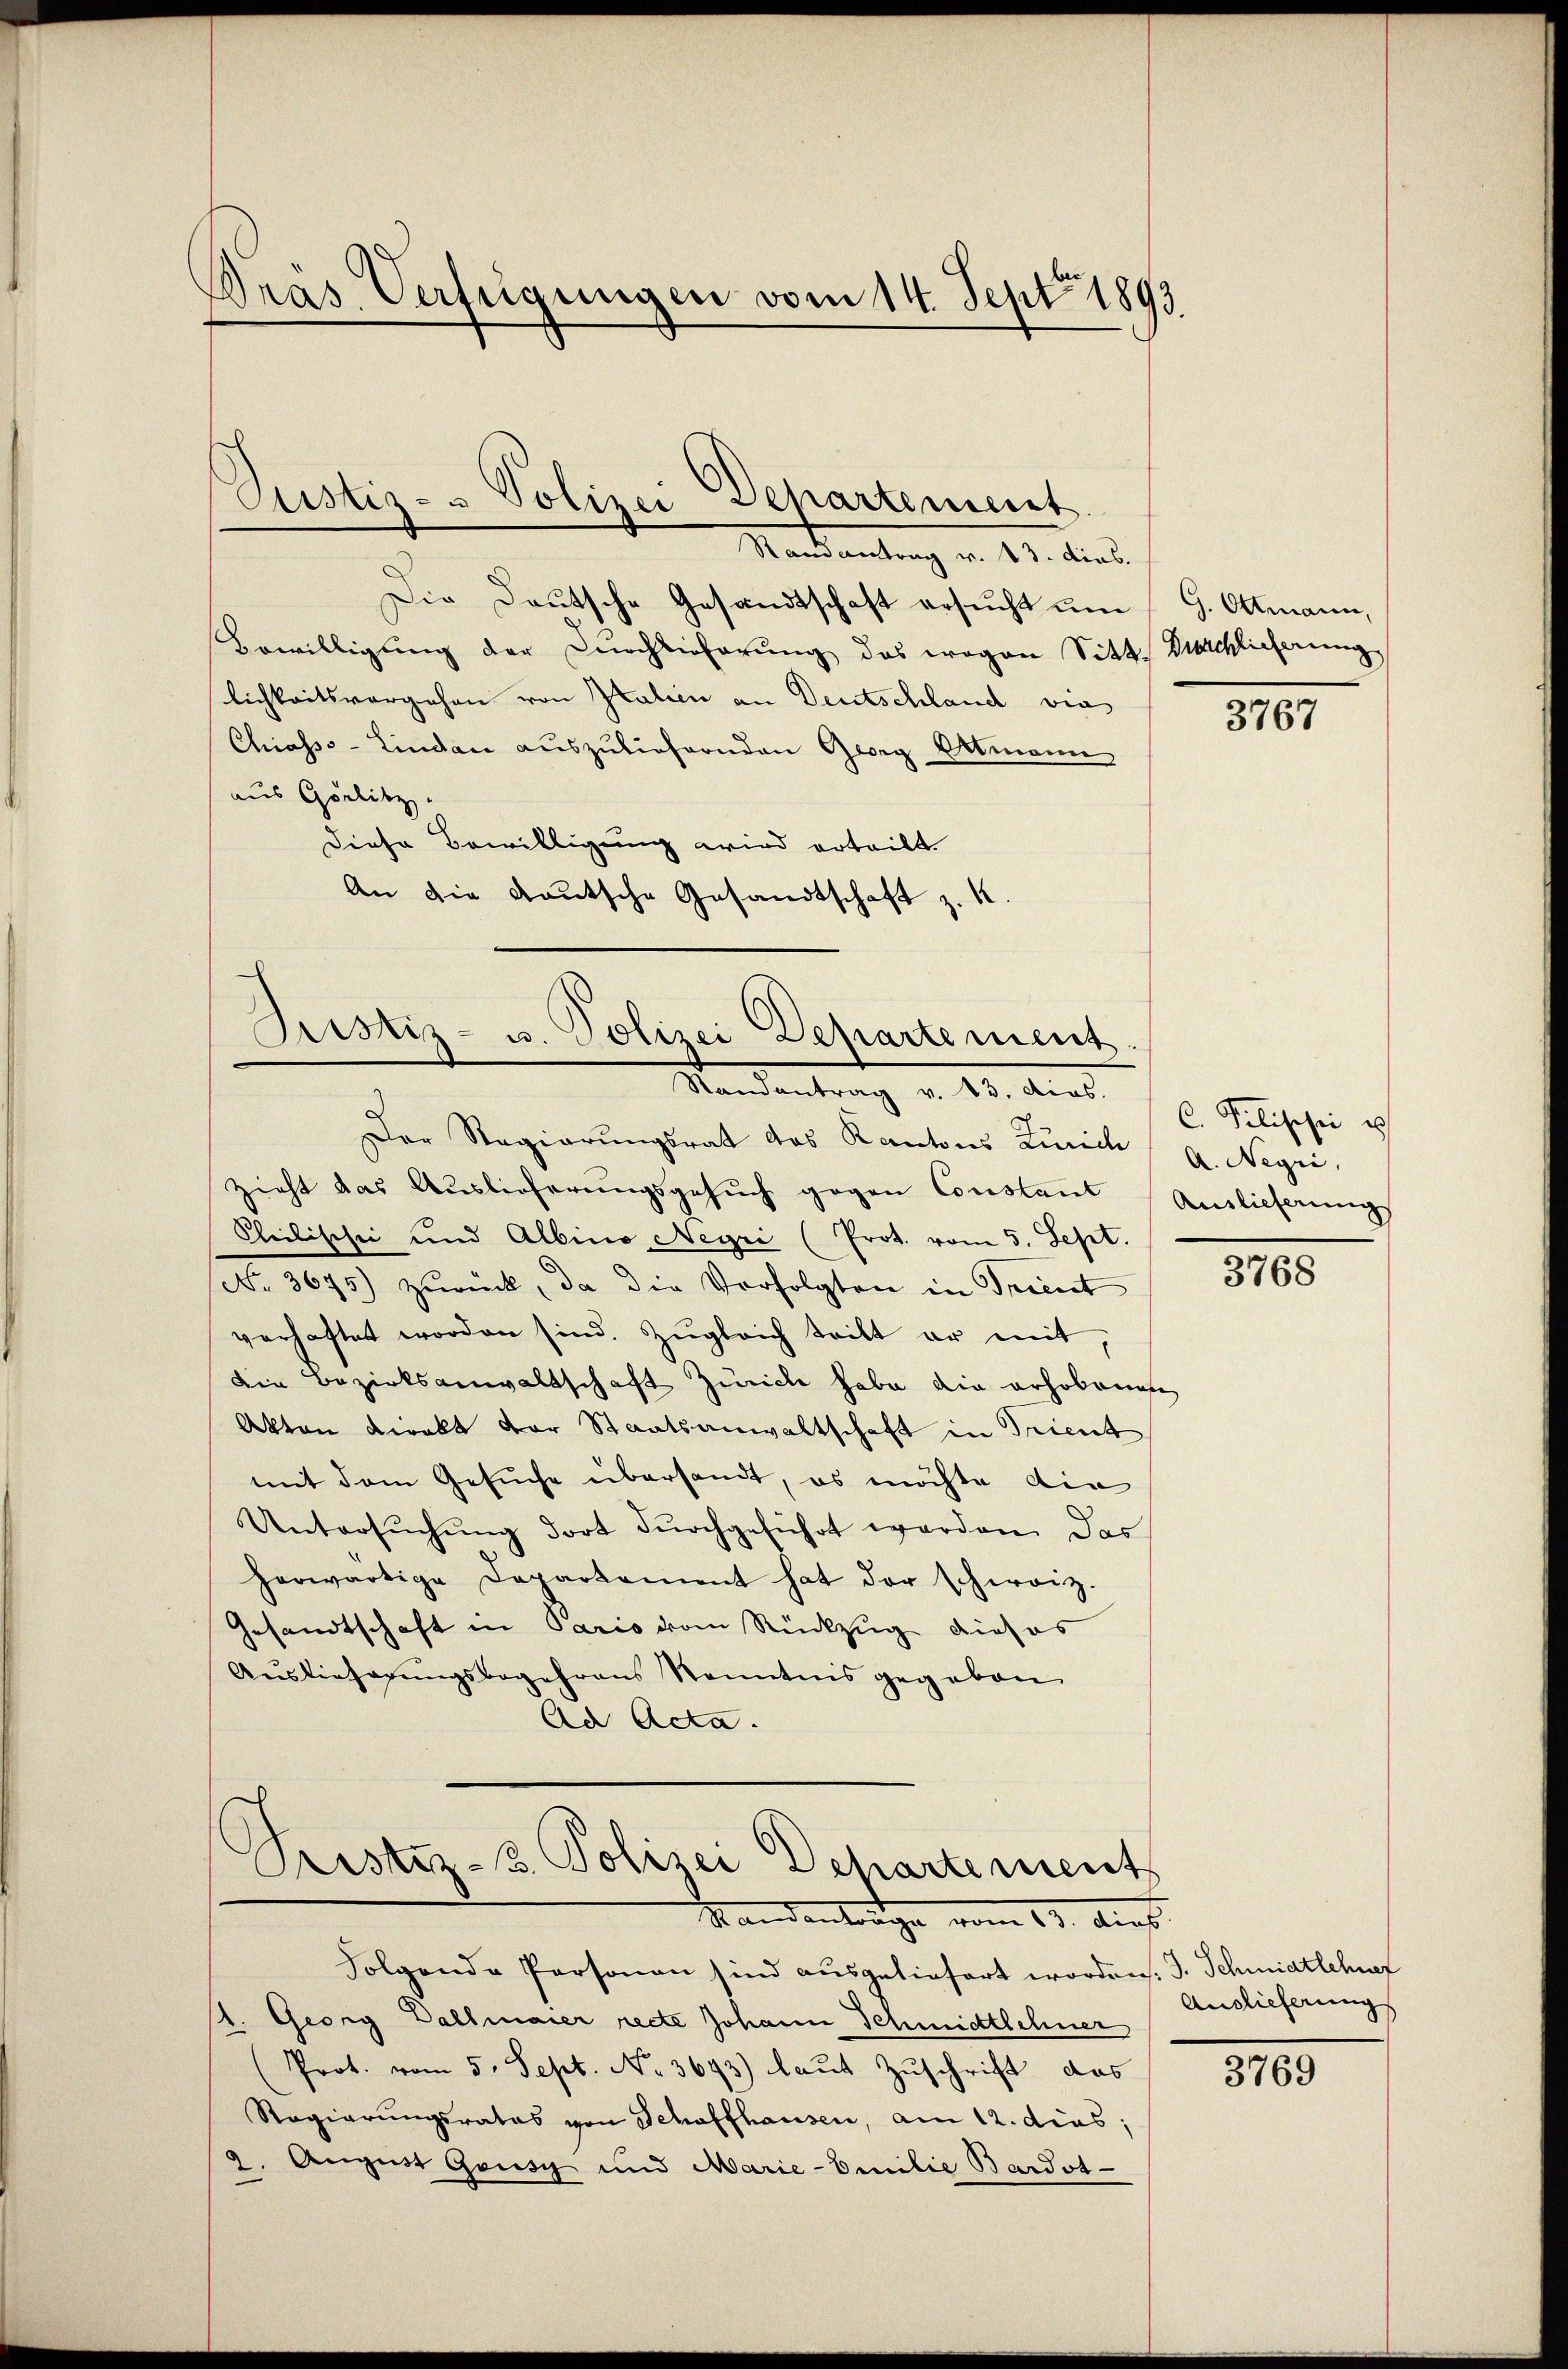
Gras Verfügungen vom 14. Sept. 1893.

Justiz- & Polizei
Departement
.

Randantrag v. 13. dies.
Die Deutsche Gesandtschaft ersucht um
Bewilligŭng der Durchlieferŭng des wegen Sitt. Nachlicherung
lichkeitsvorgehen von Italien an Deutschland vie
Chiasss-Lindau auszuliefernden Georg Ottmann
aus Görlitz.
Diese Bewilligung wird erteilt.
An die Kautsche Gesandtschaft z. K.

Justiz- u. Polizei Departement.
Randantrag v. 13. dies.

Pristiz-3. Polizei Departement
Mandantrage vom 13. Art.

Folgende Personen sind ausgeliefert worden. J. Schmidtlehnet
1. Georg Ballmaier recte Johann Schmidtlehner
(Prot. vom 5. Sept. No. 3693) laut Zuschrift das
Regierungsrates von Schaffhausen, am 12. dies;
2. August Gousy und Marie-Emilie Bardot-

G. Ottmann,

Der Regierungsrat des Kantons Zürich A. Negri
zieht das Auslieferungsgesuch gegen Constant Auslieferung
Cheilischei und Albino Negri (Prot. vom 5. Sept.
No. 3675) zŭrück, da die Verfolgten in Trient
verhaftet worden sind. Zŭgleich teilt er mit
die Bezirksanwaltschaft Zürich habe die erhobenen
Akten kiralt der Staatsanwaltschaft in Trient
mit dem Gesuche übersandt, es möchte die
Untersŭchŭng dort dŭrchgeführt werden. Das
herwärtige Departement hat der schweiz.
Gesandtschaft in Paris vom Rückzug dieses
Auslieferŭngsbegehrens Kenntnis gegeben
An Acta.

3767

C. Pilischei e

3768

Auslieferungs

3769